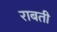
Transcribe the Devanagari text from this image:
राबती